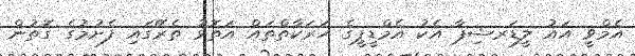
އެމްވީ އައު ލީޑަރޝިޕާ އެކު އެމްޑީޕީގެ ހަރަކާތްތައް އަތޮޅު ތެރޭގައި ފެށުމުގެ ގޮތުން